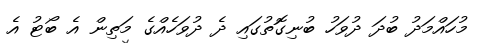
މުހައްމަދު ބުދަ ދުވަހު ބުނިގޮތުގައި ދެ ދުވަހެއްގެ މަތިން އެ ބޯޓު އެ